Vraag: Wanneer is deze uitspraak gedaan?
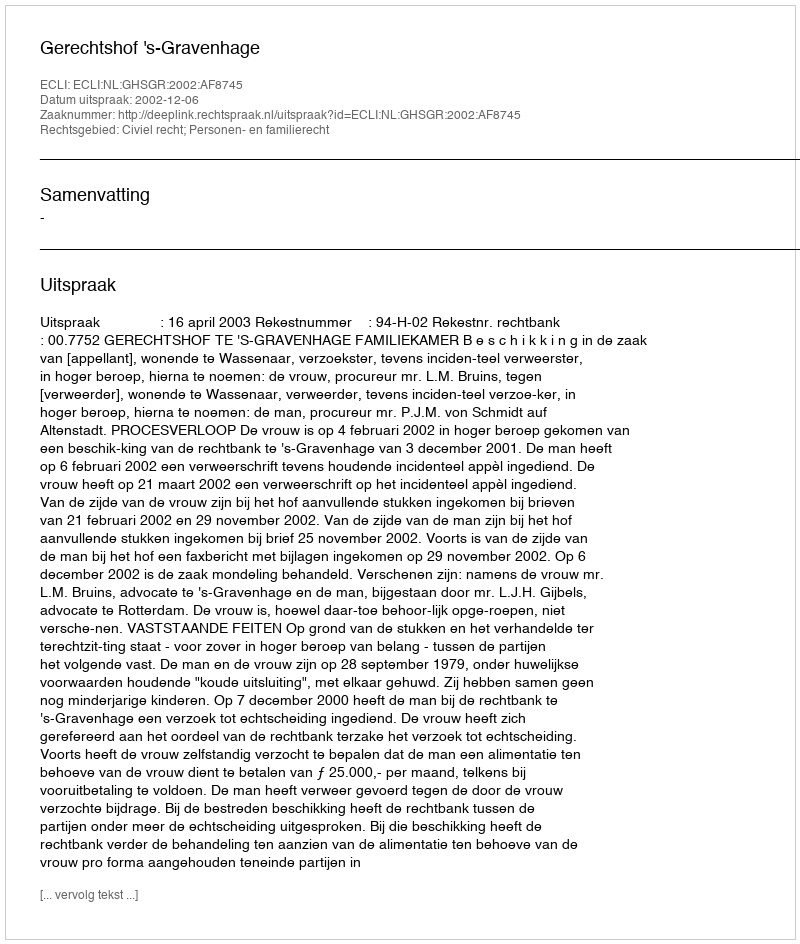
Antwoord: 2002-12-06